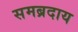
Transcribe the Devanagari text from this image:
समब्रदाय